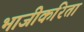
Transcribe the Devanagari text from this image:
भाजीकरिता